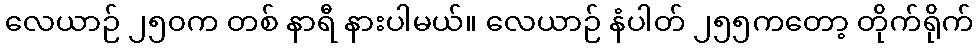
လေယာဉ် ၂၅၀က တစ် နာရီ နားပါမယ်။ လေယာဉ် နံပါတ် ၂၅၅ကတော့ တိုက်ရိုက်